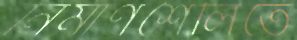
নির্মাণশৈলিতে